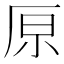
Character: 𠩤